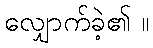
လျှောက်ခဲ့၏ ။